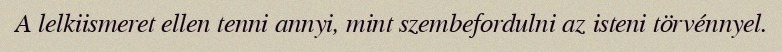
A lelkiismeret ellen tenni annyi, mint szembefordulni az isteni törvénnyel.